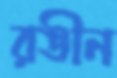
রঙীন